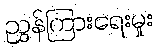
ညွှန်ကြားရေးမှုး